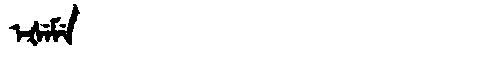
Manchu: ᡝᡧᡝᠮᡝ
Romanization: EŠEME